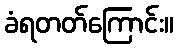
ခံရတတ်ကြောင်း။